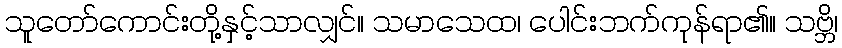
သူတော်ကောင်းတို့နှင့်သာလျှင်။ သမာသေထ၊ ပေါင်းဘက်ကုန်ရာ၏။ သဗ္ဘိ၊